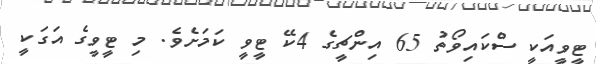
ޓީވީއަކީ ސްކައިވޯތު 65 އިންޗީގެ 4ކޭ ޓީވީ ކަަމަށެވެ. މި ޓީވީގެ އަގަކީ